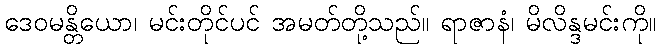
ဒေဝမန္တိယော၊ မင်းတိုင်ပင် အမတ်တို့သည်။ ရာဇာနံ၊ မိလိန္ဒမင်းကို။